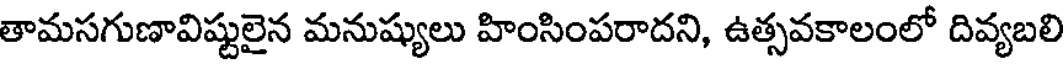
తామసగుణావిష్టులైన మనుష్యులు హింసింపరాదని, ఉత్సవకాలంలో దివ్యబలి